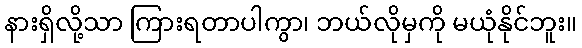
နားရှိလို့သာ ကြားရတာပါကွာ၊ ဘယ်လိုမှကို မယုံနိုင်ဘူး။